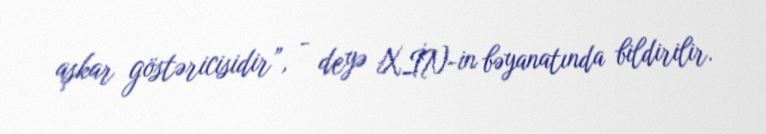
aşkar göstəricisidir”, - deyə XİN-in bəyanatında bildirilir.